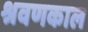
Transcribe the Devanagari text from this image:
श्रवणकाल